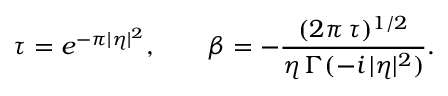
\tau = e ^ { - \pi | \eta | ^ { 2 } } , \qquad \beta = - \frac { ( 2 \pi \, \tau ) ^ { 1 / 2 } } { \eta \, \Gamma ( - i \, | \eta | ^ { 2 } ) } .